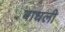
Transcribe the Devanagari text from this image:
बाधली